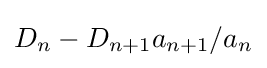
D_{n}-D_{n+1}a_{n+1}/a_{n}